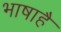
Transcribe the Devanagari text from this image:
भाषाहै